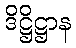
ဒိဋ္ဌိဋ္ဌာန